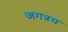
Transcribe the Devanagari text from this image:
जगत्रय